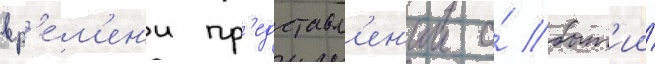
вр'е́м'ен'и пр'едставл'ен'ии о́ быт'ии́